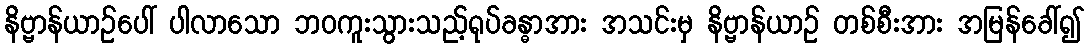
နိဗ္ဗာန်ယာဉ်ပေါ် ပါလာသော ဘဝကူးသွားသည့်ရုပ်ခန္ဓာအား အသင်းမှ နိဗ္ဗာန်ယာဉ် တစ်စီးအား အမြန်ခေါ်၍